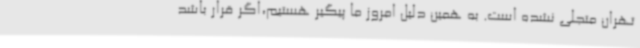
تهران متجلی نشده است. به همین دلیل امروز ما پیگیر هستیم،اگر قرار باشد